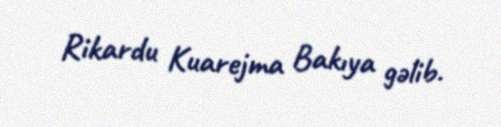
Rikardu Kuarejma Bakıya gəlib.